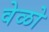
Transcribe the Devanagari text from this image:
वेळो